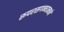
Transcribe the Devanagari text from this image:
रूपरसगन्धात्मने